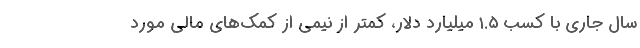
سال جاری با کسب ۱.۵ میلیارد دلار، کمتر از نیمی از کمک‌های مالی مورد